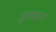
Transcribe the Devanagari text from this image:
जुलमात